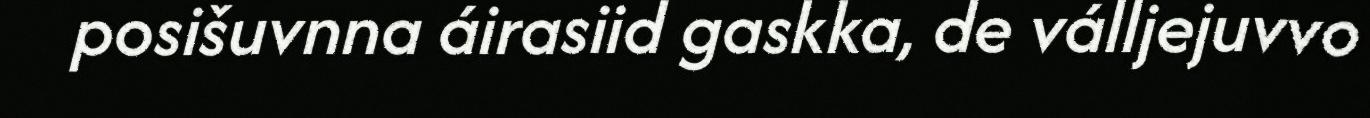
posišuvnna áirasiid gaskka, de válljejuvvo